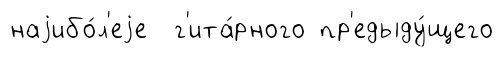
наjибо́л'еjе г'ита́рного пр'едыду́щего